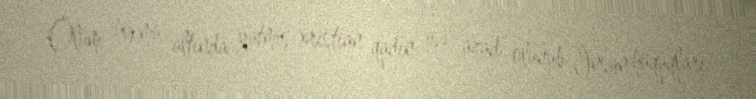
Ölüm hökmü altında yatmış xristian qadın isə azad olunub İnsan hüquqları